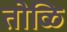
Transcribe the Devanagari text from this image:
तोळि